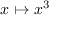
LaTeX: x \mapsto x ^ { 3 }